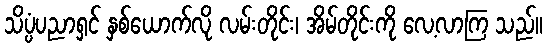
သိပ္ပံပညာရှင် နှစ်ယောက်လို လမ်းတိုင်း၊ အိမ်တိုင်းကို လေ့လာကြ သည်။